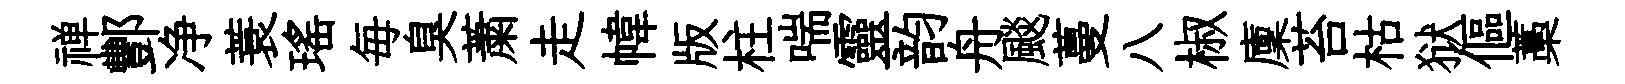
禅酆净蓑瑤毎臭䔥走幃版柱喘靈韵舟颷蔓八椒廩苔枯狱傴藁